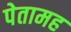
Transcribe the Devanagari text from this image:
पेतामह